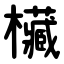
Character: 欌